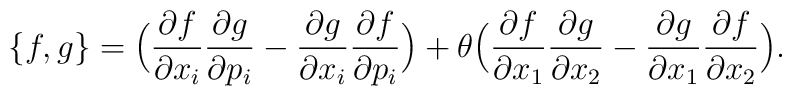
\big\{f, g\big\}=    \Big(\frac{\partial f}{\partial x_{i}}\frac{\partial g}{\partial p_{i}}    -    \frac{\partial g}{\partial x_{i}}\frac{\partial f}{\partial p_{i}}\Big)    +    \theta\Big(    \frac{\partial f}{\partial x_{1}}\frac{\partial g}{\partial x_{2}}    -    \frac{\partial g}{\partial x_{1}}\frac{\partial f}{\partial x_{2}}\Big).